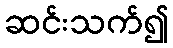
ဆင်းသက်၍